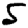
Digit: 5